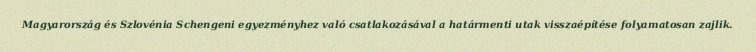
Magyarország és Szlovénia Schengeni egyezményhez való csatlakozásával a határmenti utak visszaépítése folyamatosan zajlik.